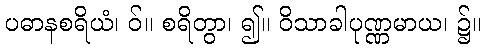
ပဓာနစရိယံ၊ ဝ်။ စရိတွာ၊ ၍။ ဝိသာခါပုဏ္ဏမာယ၊ ၌။